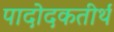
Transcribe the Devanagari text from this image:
पादोदकतीर्थ